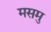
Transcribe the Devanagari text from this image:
मसमु